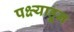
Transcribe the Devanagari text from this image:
पक्ष्याहून